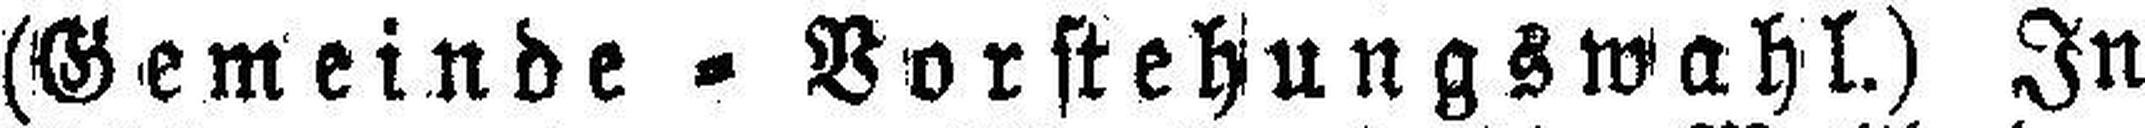
(Gemeinde = Vorstehungswahl.) In